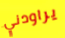
يراودني